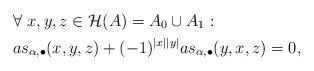
LaTeX: \begin{align*}&\forall \ x, y, z\in\mathcal{H}(A)=A_0\cup A_1: \\& as_{\alpha,\bullet}(x, y, z)+(-1)^{|x||y|}as_{\alpha,\bullet}(y, x, z)=0, \end{align*}